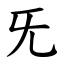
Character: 旡